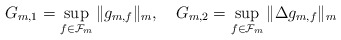
\begin{align*}G_{m,1}= \sup_{f \in \mathcal{F}_m}\|g_{m,f}\|_m,\ \ \ G_{m,2} = \sup_{f \in \mathcal{F}_m}\| \Delta g_{m,f} \|_m\end{align*}